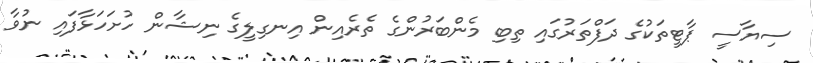
ސިޔާސީ ޕާޓީތަކުގެ ދަފްތަރުގައި ތިބި މެންބަރުންގެ ތެރެއިން އިނގިލީގެ ނިޝާން ހުށަހަޅާފައި ނުވާ